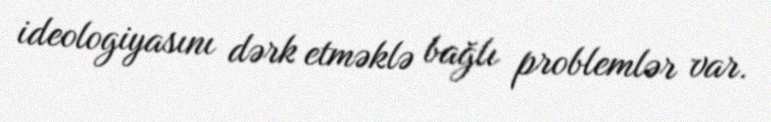
ideologiyasını dərk etməklə bağlı problemlər var.